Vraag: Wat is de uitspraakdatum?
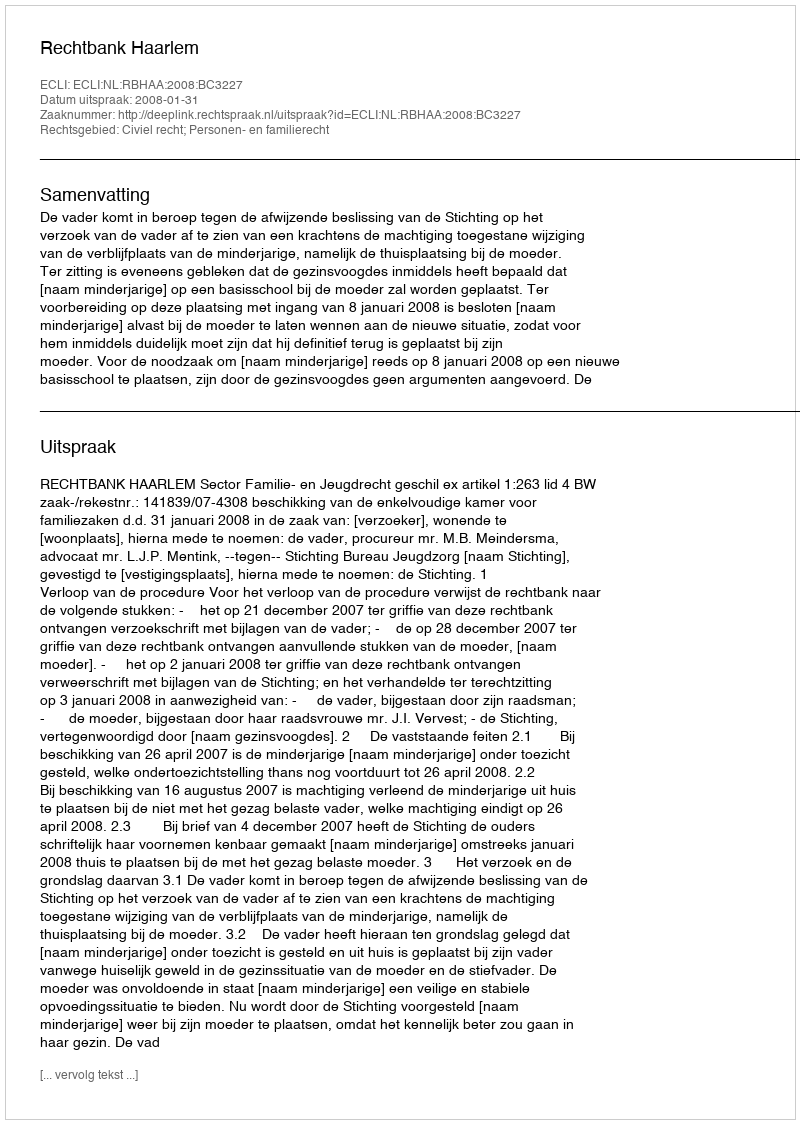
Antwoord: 2008-01-31